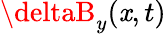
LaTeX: \deltaB_{y}(\mathit{x},t)